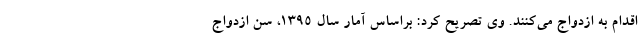
اقدام به ازدواج می‌کنند. وی تصریح کرد: براساس آمار سال ۱۳۹۵، سن ازدواج